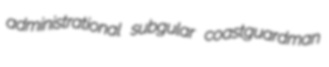
administrational subgular coastguardman